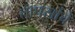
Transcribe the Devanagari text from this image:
तापसांचे